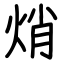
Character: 焇